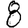
Digit: 8